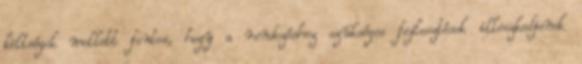
költségek mellett fontos, hogy a rendezéshez szükséges fejlesztések illeszkedjenek